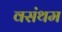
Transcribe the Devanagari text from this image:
वसंथम